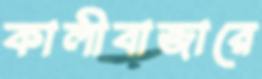
কালীবাজারে